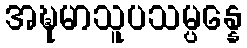
အဍ္ဎမာသူပသမ္ပန္နေ